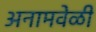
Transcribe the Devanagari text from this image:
अनामवेळी